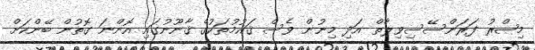
މިޞްރު ފަރަންސޭސިވިލާތް އަދި މިނުން ވެސް ޤައުމުތަކުގެ ޤާނޫނުގައި އޮންނަ ގޮތުން ބޭންކަށް